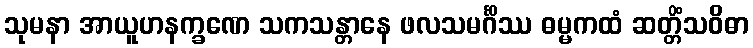
သုမနာ အာယူဟနက္ခဏေ သကသန္တာနေ ဖလသမင်္ဂိဿ ဓမ္မကထံ ဆတ္တိံသဝိဓာ